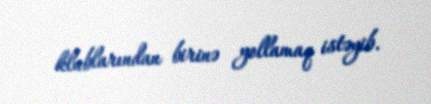
klublarından birinə yollamaq istəyib.